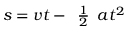
s = v t - { \begin{array} { l } { { \frac { 1 } { 2 } } } \end{array} } a t ^ { 2 }